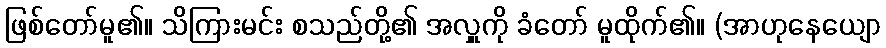
ဖြစ်တော်မူ၏။ သိကြားမင်း စသည်တို့၏ အလှူကို ခံတော် မူထိုက်၏။ (အာဟုနေယျော